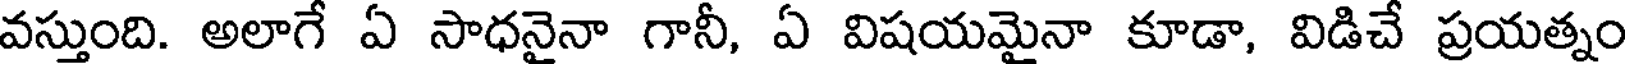
వస్తుంది. అలాగే ఏ సాధనైనా గానీ, ఏ విషయమైనా కూడా, విడిచే ప్రయత్నం